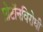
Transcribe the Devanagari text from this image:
प्रोटॉनविरोधी